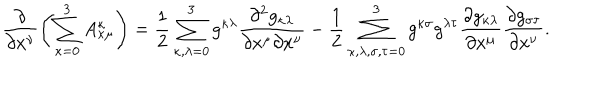
LaTeX: \frac { \partial } { \partial x ^ { \nu } } \left( \sum _ { \kappa = 0 } ^ { 3 } A _ { \kappa \mu } ^ { \kappa } \right) = \frac { 1 } { 2 } \sum _ { \kappa , \lambda = 0 } ^ { 3 } g ^ { \kappa \lambda } \frac { \partial ^ { 2 } g _ { \kappa \lambda } } { \partial x ^ { \mu } \partial x ^ { \nu } } - \frac { 1 } { 2 } \sum _ { \kappa , \lambda , \sigma , \tau = 0 } ^ { 3 } g ^ { \kappa \sigma } g ^ { \lambda \tau } \frac { \partial g _ { \kappa \lambda } } { \partial x ^ { \mu } } \frac { \partial g _ { \sigma \tau } } { \partial x ^ { \nu } } .